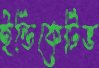
ইন্ডিকেটিভ